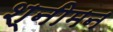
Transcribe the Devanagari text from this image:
श्नीमन